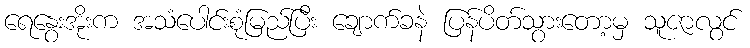
ရေနွေးအိုးက အသံပေါင်းစုံမြည်ပြီး ချောက်ခနဲ ပြန်ပိတ်သွားတော့မှ သူဇာလွင်